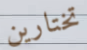
تختارين